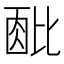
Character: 𬆹